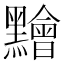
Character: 䵳